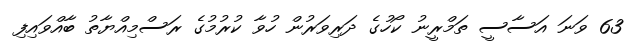
63 ވަނަ އަސާސީ ތަމްރީނު ކޯހުގެ ދަރިވަރުން ހުވާ ކުރުމުގެ ރަސްމިއްޔާތު ބާއްވައިފި